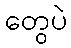
တွေပဲ